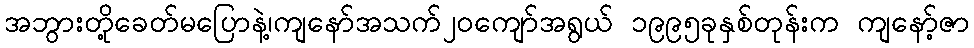
အဘွားတို့ခေတ်မပြောနဲ့၊ကျနော်အသက်၂၀ကျော်အရွယ် ၁၉၉၅ခုနှစ်တုန်းက ကျနော့်ဇာ